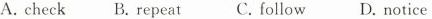
A. check B.repeat C.follow D.notice